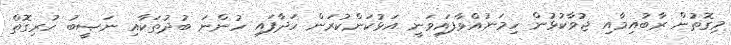
މިގޮތުން ރާބުއިމާއި ޖުވާކުޅުން ހިމަނުއްވާފައިވަނީ އަޅުކަންކުރަން ހަދާފައި ހުންނަ ބުދުތަކާއި ނަޞީބު ހުރިގޮތް